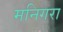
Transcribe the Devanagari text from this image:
मनिगरा